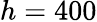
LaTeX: h=400